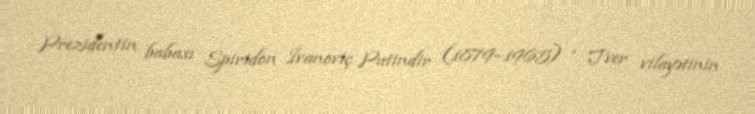
Prezidentin babası Spiridon İvanoviç Putindir (1879–1965) , Tver vilayətinin